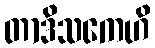
တာဒိသကေဟိ